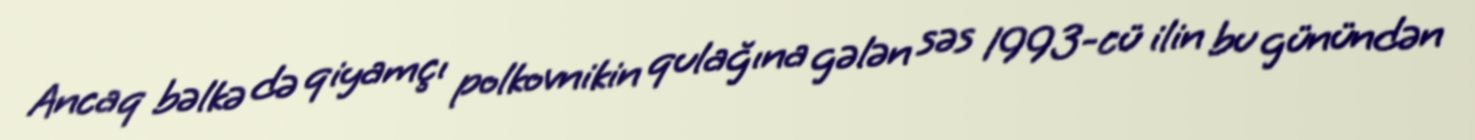
Ancaq bəlkə də qiyamçı polkovnikin qulağına gələn səs 1993-cü ilin bu günündən